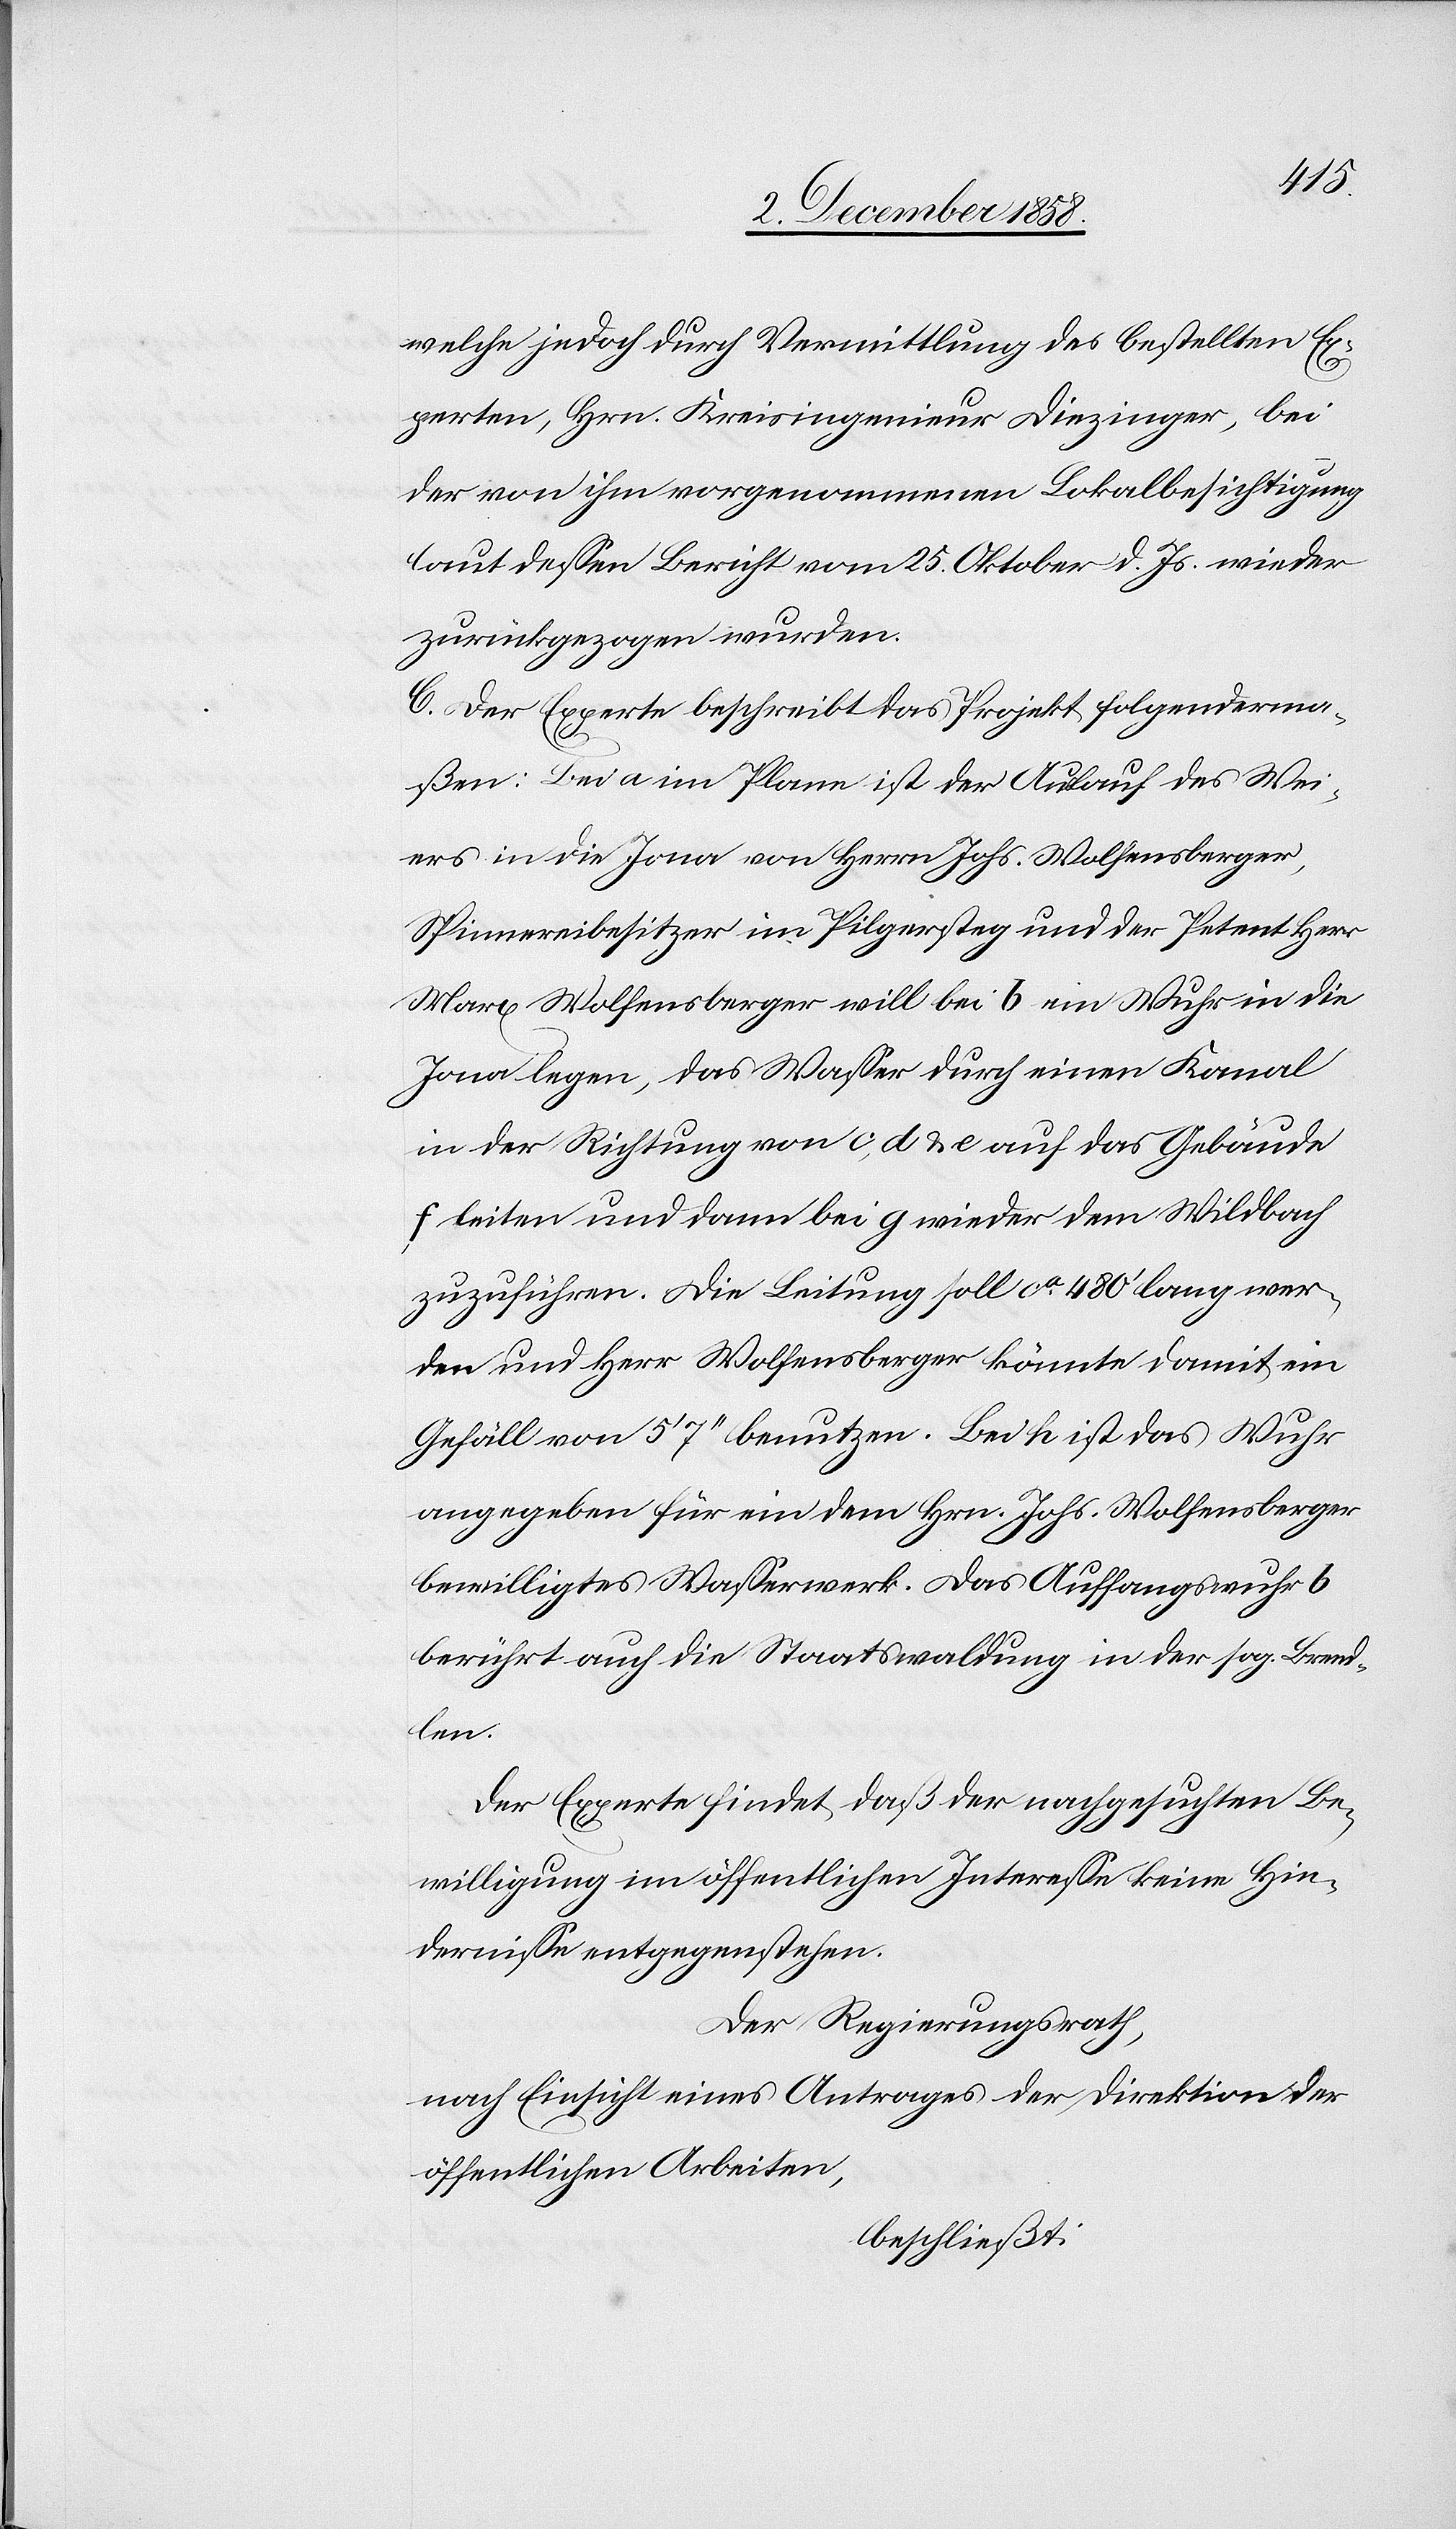
welche jedoch durch Vermittlung des bestellten Ex¬
perten, Hrn. Kreisingenieur Diezinger, bei
der von ihm vorgenommenen Lokalbesichtigung
laut dessen Bericht vom 25. Oktober d. Js. wieder
zurückgezogen wurden.
C. Der Experte beschreibt das Projekt folgenderma¬
ßen: Bei a im Plane ist der Auslauf des Wei¬
ers in die Jona von Herrn Johs. Wolfensberger,
Spinnereibesitzer im Pilgersteg und der Petent Herr
Marx Wolfensberger will bei b ein Wuhr in die
Jona legen, das Wasser durch einen Kanal
in der Richtung von c, d & e auf das Gebäude
leiten und dann bei g wieder dem Wildbach
zuzuführen [sic!]. Die Leitung soll ca. 480‘ lang wer¬
den und Herr Wolfensberger könnte damit ein
Gefäll von 5‘ 7‘‘ benutzen. Bei h ist das Wuhr
angegeben für ein dem Hrn. Johs. Wolfensberger
bewilligtes Wasserwerk. Das Auffangswuhr b
berührt auch die Staatswaldung in der sog. Brend¬
len.
Der Experte findet, daß der nachgesuchten Be¬
willigung im öffentlichen Interesse keine Hin¬
dernisse entgegenstehen.
Der Regierungsrath,
nach Einsicht eines Antrages der Direktion der
öffentlichen Arbeiten,
beschließt: